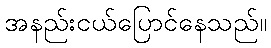
အနည်းငယ်ပြောင်နေသည်။